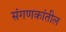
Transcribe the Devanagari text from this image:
संगणकांतील